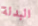
البدلة